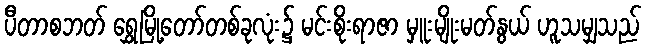
ပီတာစဘတ် ရွှေမြို့တော်တစ်ခုလုံး၌ မင်းစိုးရာဇာ မှူးမျိုးမတ်နွယ် ဟူသမျှသည်